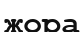
жора